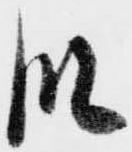
段